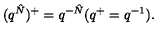
( q ^ { \hat { N } } ) ^ { + } = q ^ { - \hat { N } } ( q ^ { + } = q ^ { - 1 } ) .